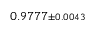
0 . 9 7 7 7 { \scriptstyle \pm 0 . 0 0 4 3 }